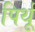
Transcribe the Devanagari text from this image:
पिर्थू